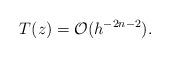
LaTeX: \begin{align*} T(z)=\mathcal{O}(h^{-2n-2}).\end{align*}